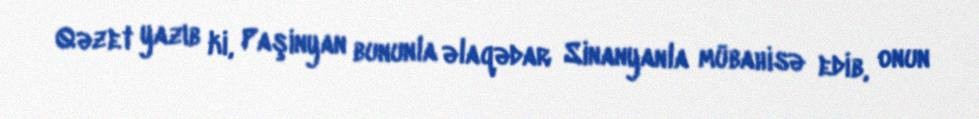
Qəzet yazıb ki, Paşinyan bununla əlaqədar Sinanyanla mübahisə edib, onun